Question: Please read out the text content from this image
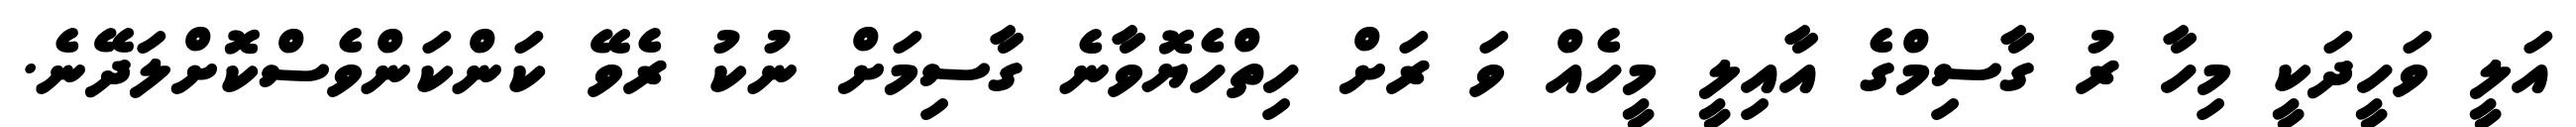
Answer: އަލީ ވަހީދަކީ މިހާ ރު ގާސިމްގެ އާއިލީ މީހެއް ވަ ރަށް ހިތްހެޔޮވާނެ ގާސިމަށް ނުކު ރެވޭ ކަންކަންވެސްކޮށްލަދޭނެ.